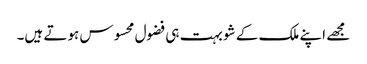
مجھے اپنے ملک کے شو بہت ہی فضول محسوس ہوتے ہیں۔